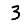
Digit: 3